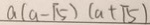
a ( a - \sqrt { 5 } ) ( a + \sqrt { 5 } )